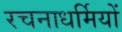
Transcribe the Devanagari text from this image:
रचनाधर्मियों